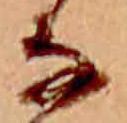
な